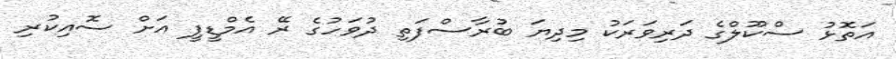
އަތޮޅު ސްކޫލްގެ ދަރިވަރަކު މިދިޔަ ބުރާސްފަތި ދުވަހުގެ ރޭ އެމްޑީޕީ އަށް ސޮއިކުރި